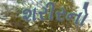
શરીરનો